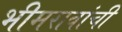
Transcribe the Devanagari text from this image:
भीमरावांची